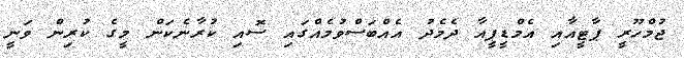
ޖުމްހޫރީ ޕާޓީއާއި އެމްޑީޕީއާ ދެމެދު އެއްބަސްވުމެއްގައި ސޮއި ކުރާނެކަން މީގެ ކުރިން ވަނީ